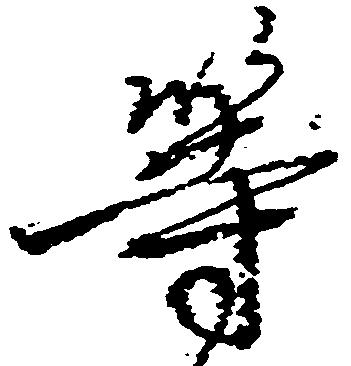
等